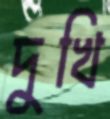
দুখি